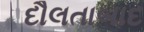
દૌલતાબાદ